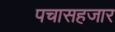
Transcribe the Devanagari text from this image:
पचासहजार